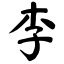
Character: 李